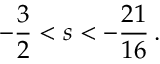
- \frac { 3 } { 2 } < s < - \frac { 2 1 } { 1 6 } \, .